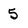
Character: 5